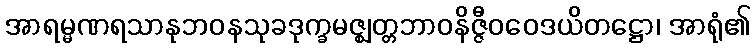
အာရမ္မဏရသာနုဘဝနသုခဒုက္ခမဇ္ဈတ္တဘာဝနိဇ္ဇီဝဝေဒယိတဋ္ဌော၊ အာရုံ၏